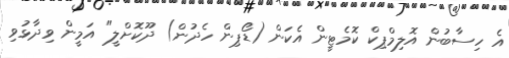
އެ ހިސާބުން އޮލިމްޕިކް ކޮމެޓީން އެކަން (ޑޯޕިން ހެދުން) ދޫކޮށްލީ" އަމީން ވިދާޅުވި